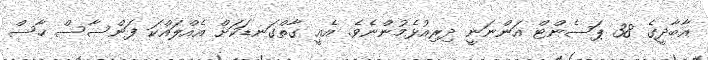
އާބާދީގެ 38 ޕަސެންޓް އަންނަނީ ދިރިއުޅެމުންނެވެ. އެއީ ގާތްގަނޑަކަށް އެއްލައްކަ ފަންސާސް ހާސް